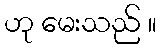
ဟု မေးသည် ။